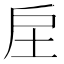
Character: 𢨫